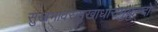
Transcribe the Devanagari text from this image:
सुखभावस्सुखाधारोमुकुन्दो